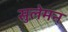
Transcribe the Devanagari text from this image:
सुलेमन